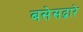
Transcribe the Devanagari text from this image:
बसेसद्बारे